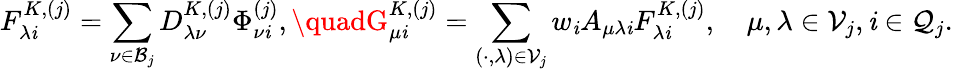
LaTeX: F_{\lambda\mathit{i}}^{K,(j)}=\sum_{\nu\in\mathcal{{B}}_{j}}D_{\lambda\nu}^{K,(j)}\Phi_{\nu\mathit{i}}^{(j)},\quadG_{\mu\mathit{i}}^{K,(j)}=\sum_{(\cdot,\lambda)\in\mathcal{{V}}_{j}}w_{\mathit{i}}A_{\mu\lambda\mathit{i}}F_{\lambda\mathit{i}}^{K,(j)},\quad\mu,\lambda\in\mathcal{{V}}_{j},\mathit{i}\in\mathcal{{Q}}_{j}.